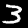
Label: 3